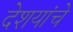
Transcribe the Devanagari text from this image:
देशयांचे